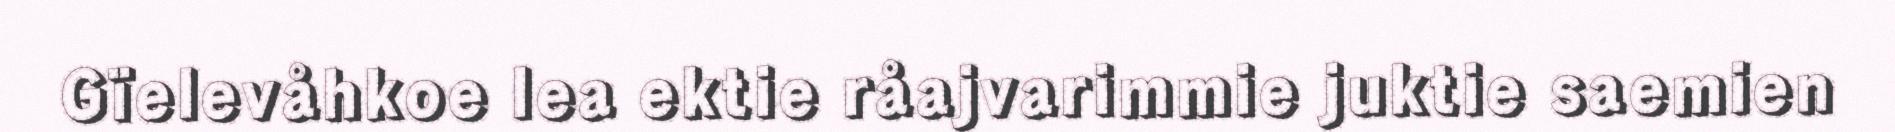
Gïelevåhkoe lea ektie råajvarimmie juktie saemien